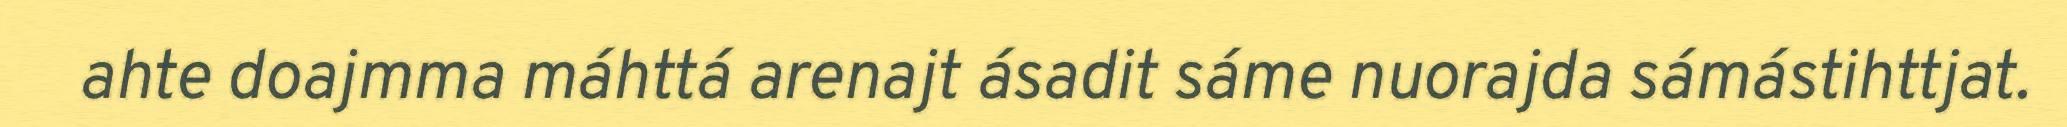
ahte doajmma máhttá arenajt ásadit sáme nuorajda sámástihttjat.